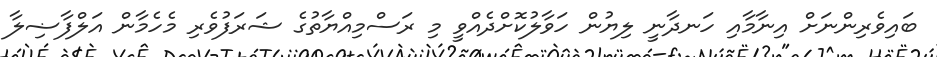
ބައިވެރިންނަށް އިނާމާއި ހަނދާނީ ލިޔުން ހަވާލުކޮށްދެއްވީ މި ރަސްމިއްޔާތުގެ ޝަރަފުވެރި މެހެމާން އަލްފާޟިލާ